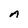
Character: A